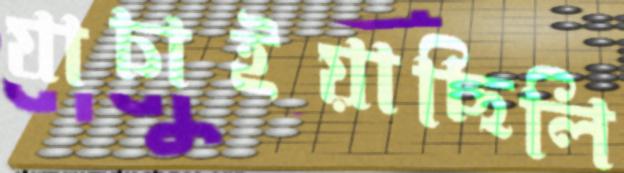
যাচাইয়াছিলি